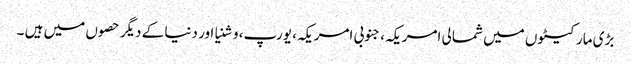
بڑی مارکیٹوں میں شمالی امریکہ، جنوبی امریکہ، یورپ، وشنیا اور دنیا کے دیگر حصوں میں ہیں ۔